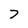
Character: 7